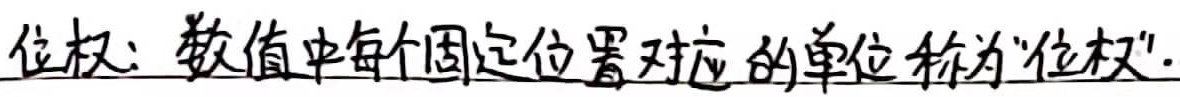
位权：数值中每个固定位置对应的单位称为“位权”。